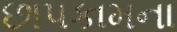
છાપકામના